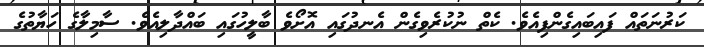
ކަރުނަތައް ފައިބައިގެންފިއެވެ. ކެތް ނުކުރެވިގެން އެނދުގައި އޮށޯވެ ބާލީހުގައި ބައްދާލިއެވެ. ސާމިލާގެ ހަޔާތުގެ